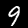
Label: 9